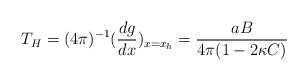
\begin{align*}T_{H}=(4\pi )^{-1}(\frac{dg}{dx})_{x=x_{h}}=\frac{aB}{4\pi (1-2\kappa C)}\end{align*}